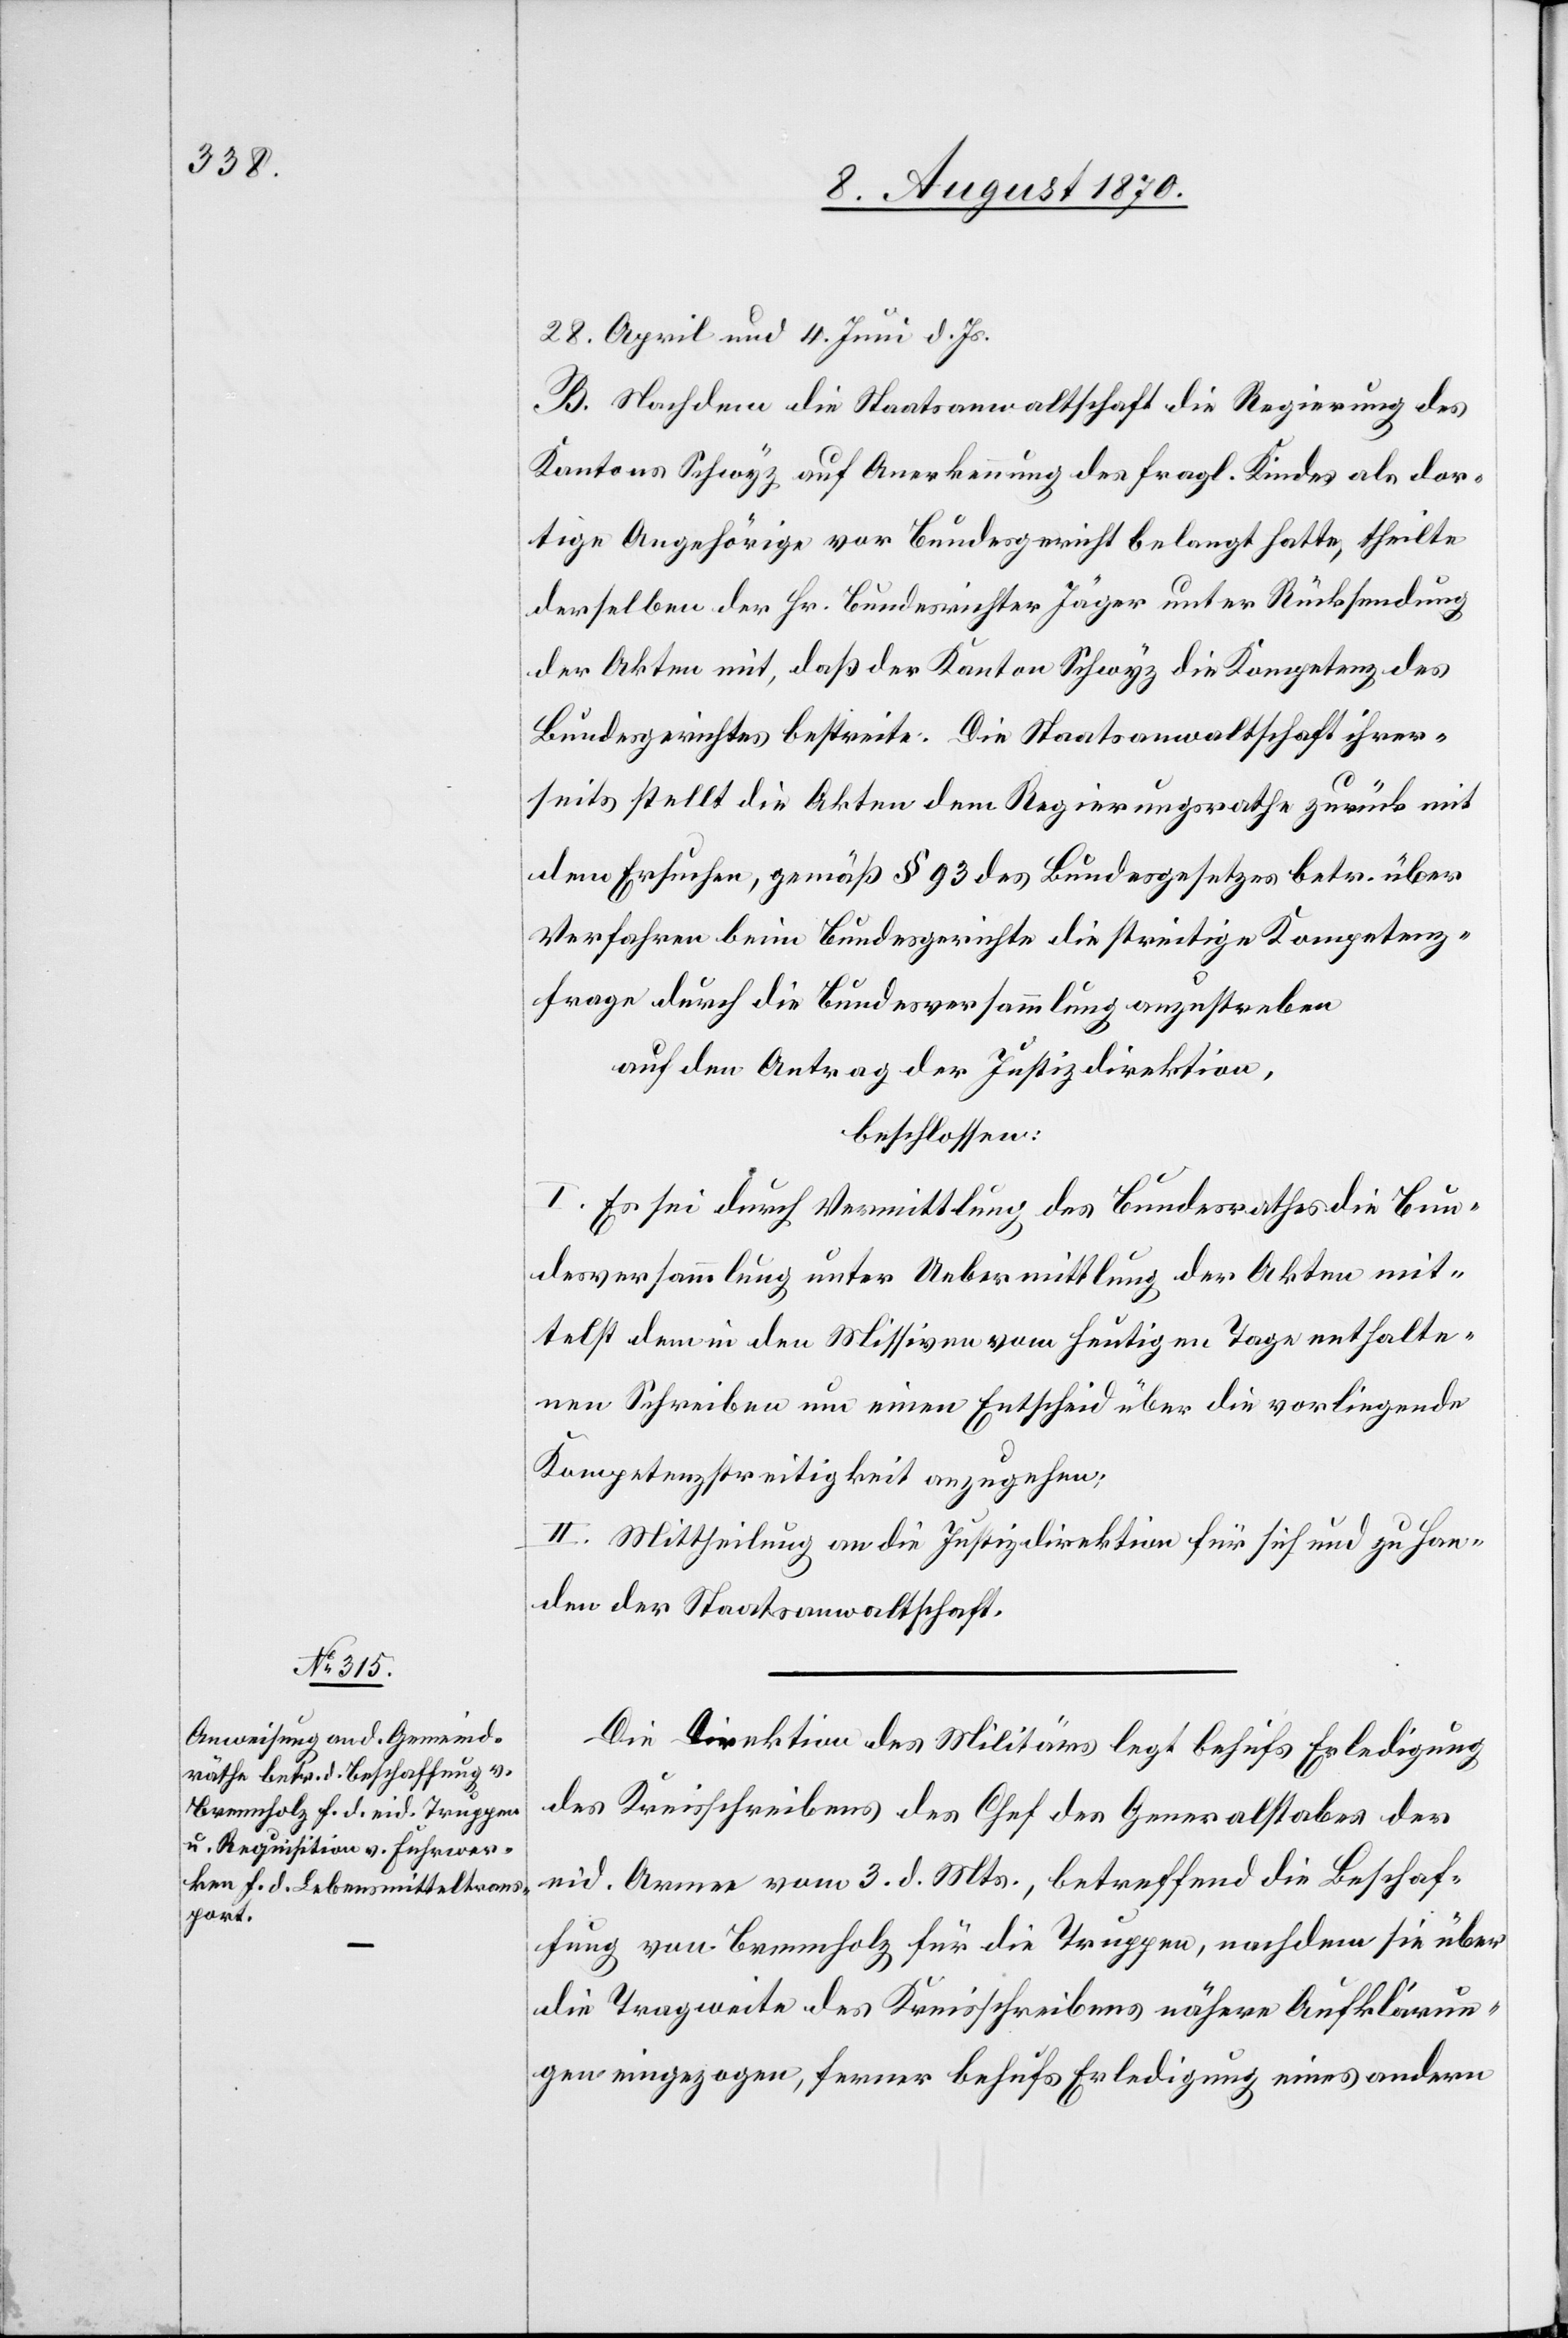
28. April und 4. Juni d. Js.
B. Nachdem die Staatsanwaltschaft die Regierung des
Kantons Schwyz auf Anerkennung des fragl. Kindes als dor¬
tige Angehörige vor Bundesgericht belangt hatte, theilte
derselben der Hr. Bundesrichter Jäger unter Rücksendung
der Akten mit, daß der Kanton Schwyz die Kompetenz des
Bundesgerichtes bestreite. Die Staatsanwaltschaft ihrer¬
seits stellt die Akten dem Regierungsrathe zurück mit
dem Ersuchen, gemäß § 93 des Bundesgesetzes betr. über
Verfahren beim Bundesgerichte die streitige Kompetenz¬
frage durch die Bundesversammlung anzustreben.
auf den Antrag der Justizdirektion,
beschlossen:
I. Es sei durch Vermittlung des Bundesrathes die Bun¬
desversammlung unter Uebermittlung der Akten mit¬
telst dem in den Missiven vom heutigen Tage enthalte¬
ne Schreiben um einen Entscheid über die vorliegende
Kompetenzstreitigkeit anzugehen.
II. Mittheilung an die Justizdirektion für sich und zu Han¬
den der Staatsanwaltschaft.
Die Direktion des Militärs legt behufs Erledigung
des Kreisschreibens des Chef[s] des Generalstabes der
eid. Armee vom 3. d. Mts., betreffend die Beschaf¬
fung von Brennholz für die Truppen, nachdem sie über
die Tragweite des Kreisschreibens nähere Aufklärun¬
gen eingezogen, ferner behufs Erledigung eines andern